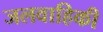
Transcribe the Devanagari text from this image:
जलवाहिकी